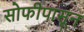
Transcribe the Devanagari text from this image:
सोफीपासून